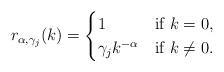
LaTeX: \begin{align*}r_{\alpha,\gamma_j}(k)=\begin{cases}1&\textnormal{if } k=0,\\\gamma_j k^{-\alpha} & \textnormal{if } k\neq 0.\end{cases}\end{align*}